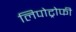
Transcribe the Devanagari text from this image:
लिपोट्रोफी